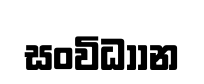
සංවිධාාන